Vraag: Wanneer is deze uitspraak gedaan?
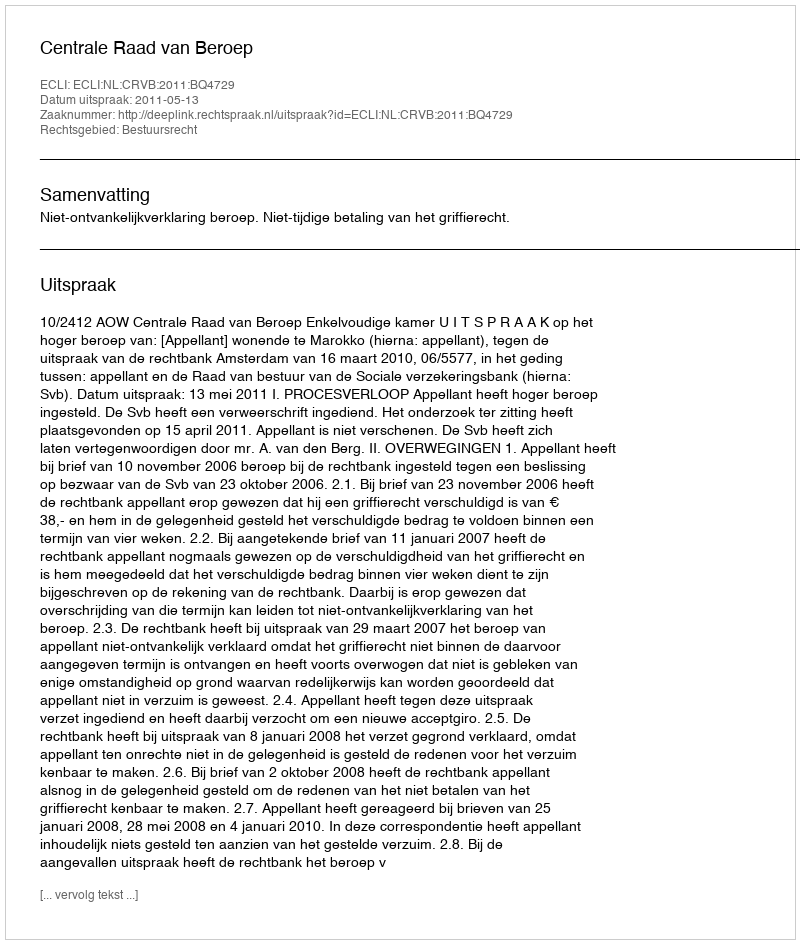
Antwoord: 2011-05-13